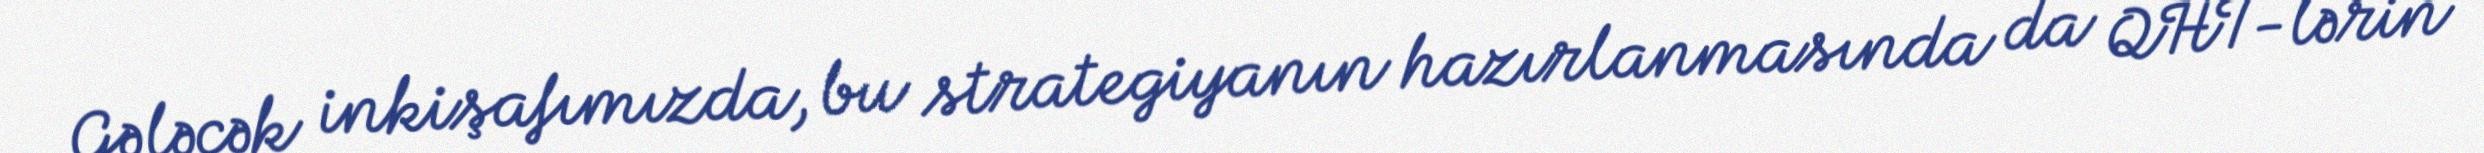
Gələcək inkişafımızda, bu strategiyanın hazırlanmasında da QHT-lərin